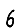
Digit: 6